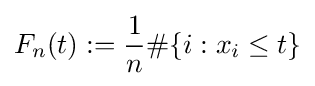
F_{n}(t):={\frac {1}{n}}\#\{i:x_{i}\leq t\}